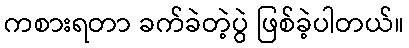
ကစားရတာ ခက်ခဲတဲ့ပွဲ ဖြစ်ခဲ့ပါတယ်။